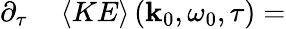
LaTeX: \begin{array}{rl}{\partial_{\tau}}&{{}\left<KE\right>\left(\mathbf{k}_{0},\omega_{0},\tau\right)=}\end{array}